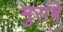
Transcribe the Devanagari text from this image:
मुरांबे